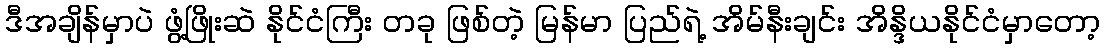
ဒီအချိန်မှာပဲ ဖွံ့ဖြိုးဆဲ နိုင်ငံကြီး တခု ဖြစ်တဲ့ မြန်မာ ပြည်ရဲ့ အိမ်နီးချင်း အိန္ဒိယနိုင်ငံမှာတော့